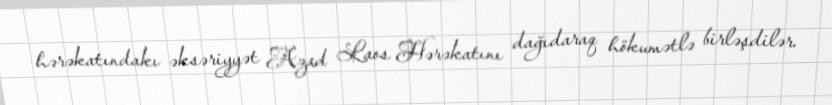
hərəkatındakı əksəriyyət Azad Laos Hərəkatını dağıdaraq hökumətlə birləşdilər.